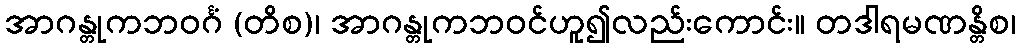
အာဂန္တုကဘဝင်္ဂံ (တိစ)၊ အာဂန္တုကဘဝင်ဟူ၍လည်းကောင်း။ တဒါရမဏန္တိစ၊